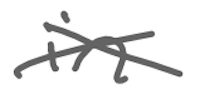
Text: in
Cross-out: cross
Writing tool: digital_gray